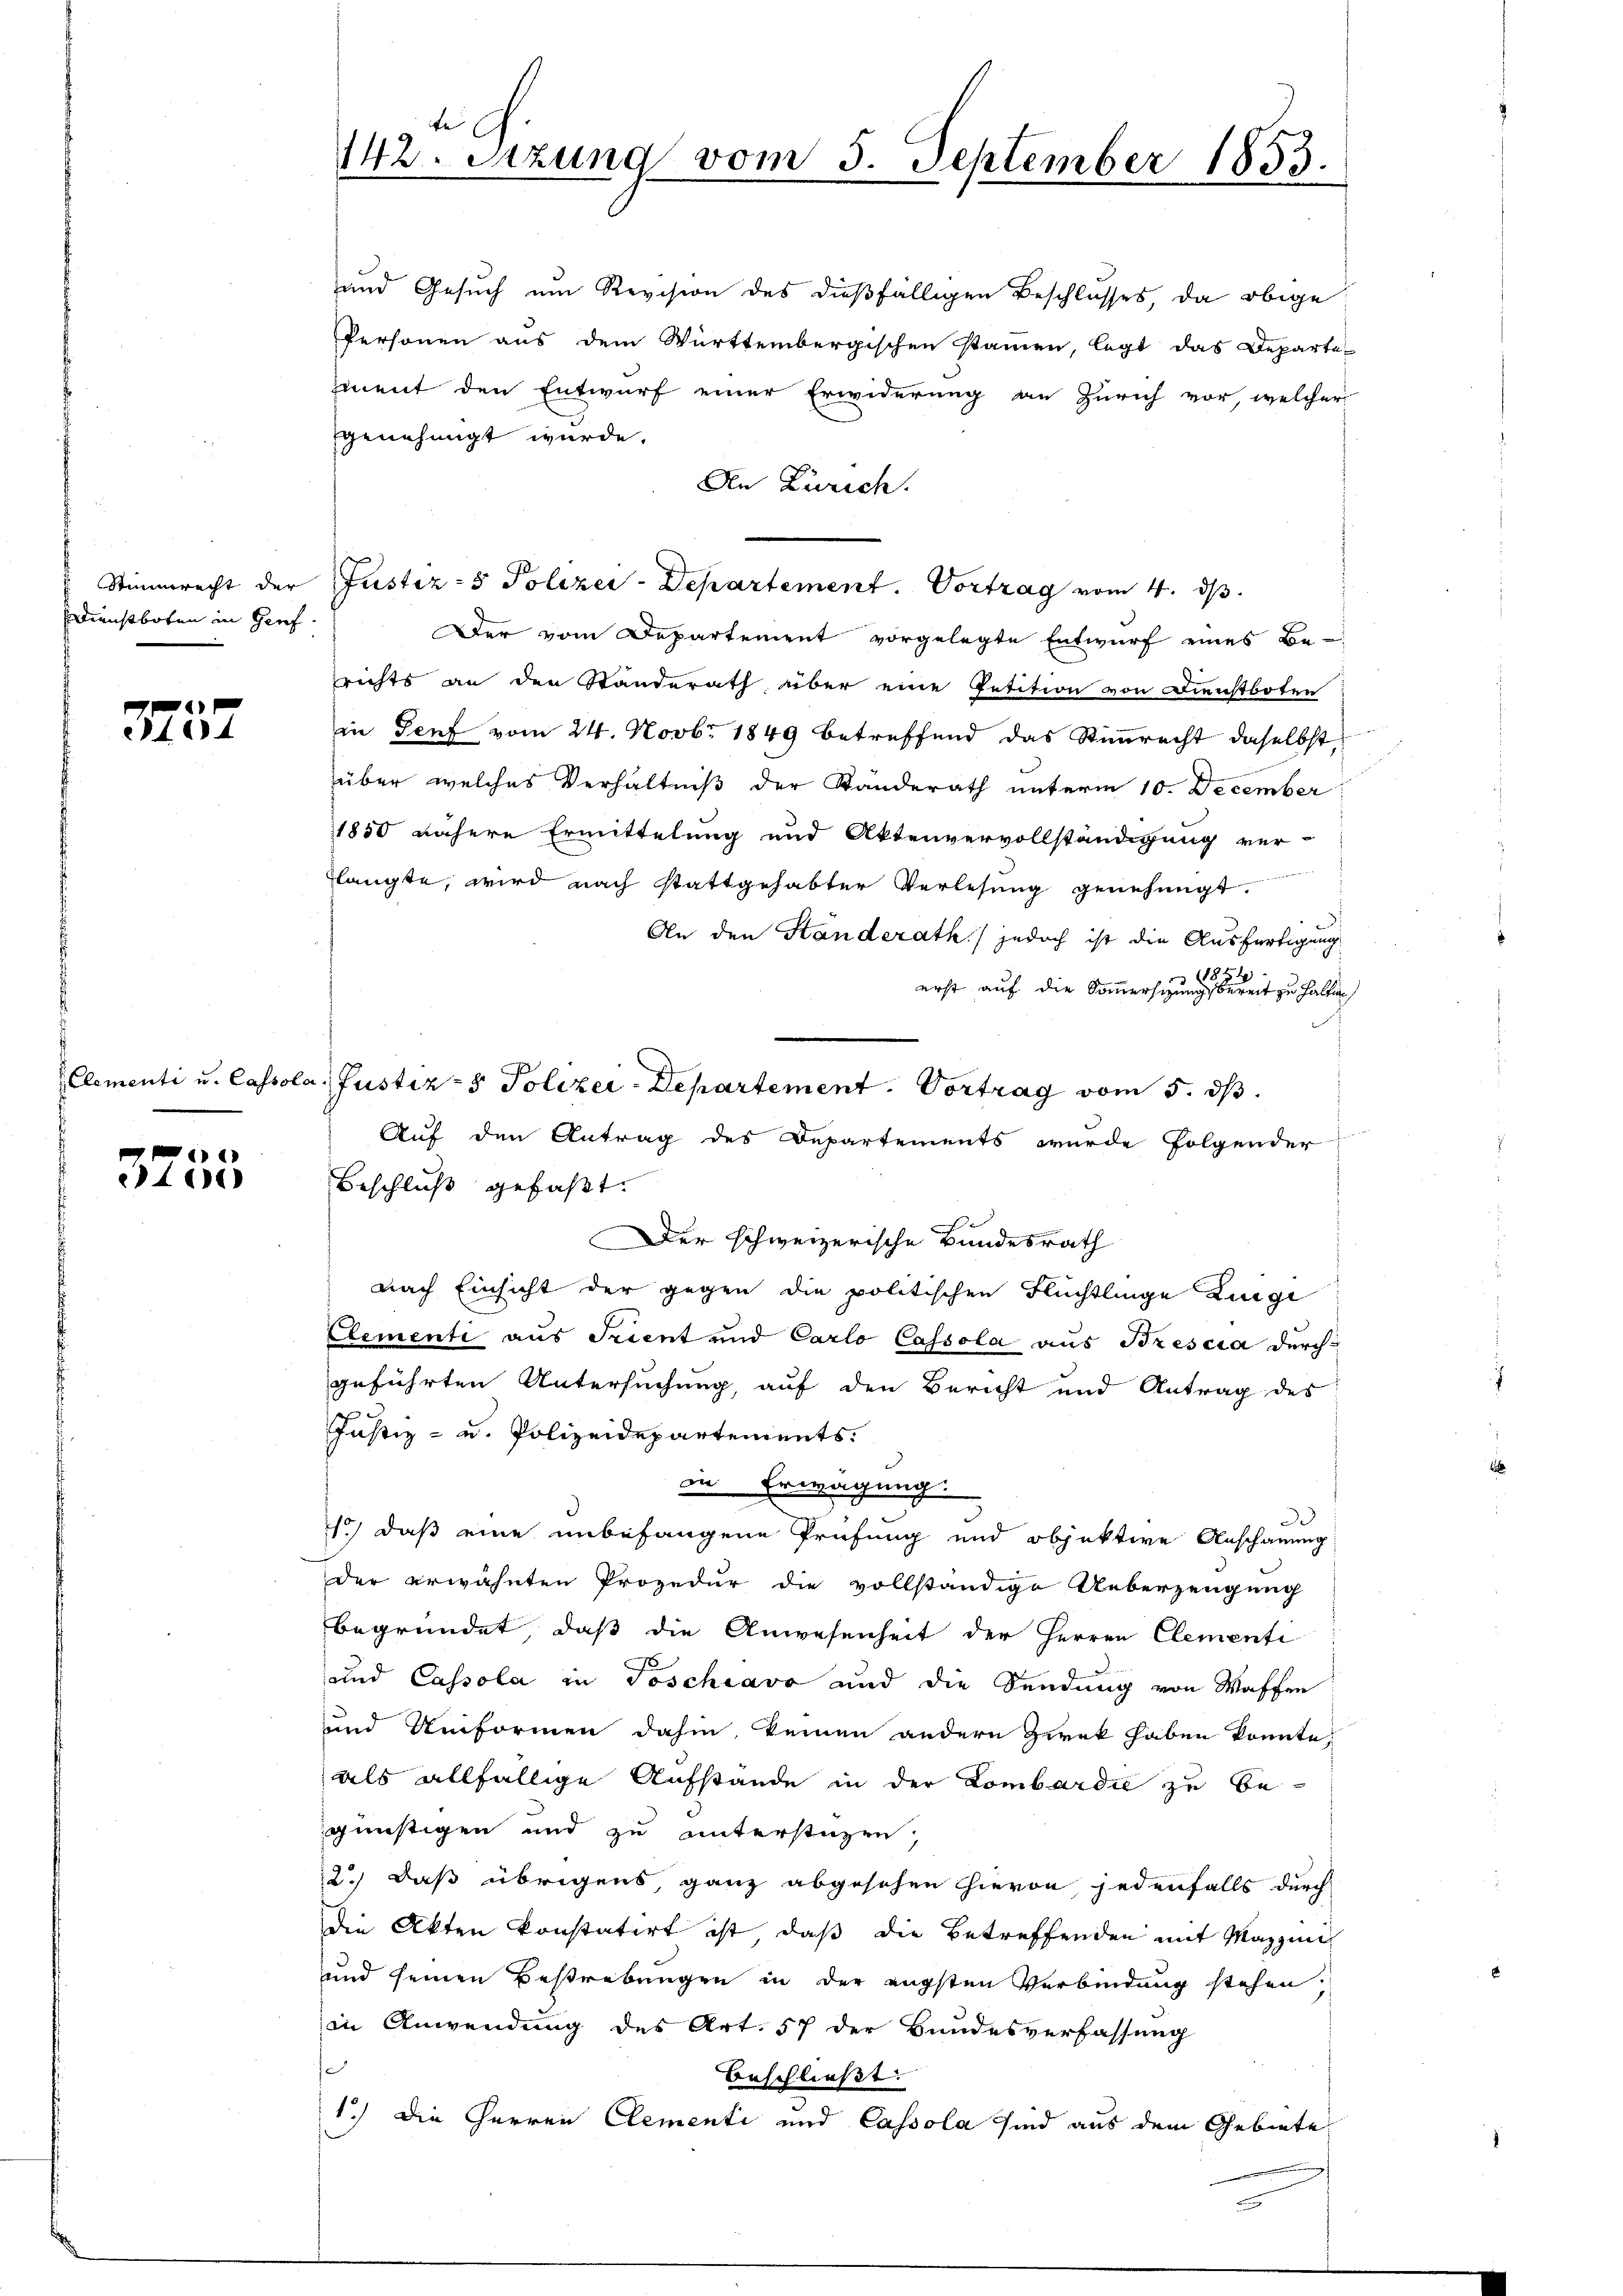
Dienstboten in Geref

4
104

3755

genehmigt wurde.
An Zürich.
Stimmrecht der Justiz- & Polizei-Departement. Vortrag vom 4. dβ.
Der vom Departement vorgelegte Entwurf eines Be-
richts an den Standerath, über eine Petition von Dienstboten
in Genf vom 24. Novbr. 1849 betreffend das Stimmrecht daselbst
über welches Verhältniß der Standerath unterm 10. December
1850 nähere Ermittelung und Aktenvervollständigung ver-
langte, wird nach stattgehabter Verlesung genehmigt.
An den Standerath) jedoch ist die Ausfertigung
1874
erst auf die Sommersizung bereit zu halten
Auf den Antrag des Departements wurde folgender
Beschluß gefaßt.
Der schweizerische Bundesrath
nach Einsicht der gegen die politischen Flüchtlinge Zuge
Elementi aus Trient und Carlo Cassola aus Brescia durch
geführten Untersuchung, auf den Bericht und Antrag des
Justiz- u. Polizeidepartements.
in Erwägung
Di
1.) daß eine unbefangene Prüfung und objektive Anschauung
der erwähnten Prozedur die vollständige Ueberzeugung
begründet, daß die Anwesenheit der Herren Clementi
und Cassola in Toschiavo und die Sendung von Waffen
und Uniformen dahin keinen andern Zwek haben konnte,
als allfällige Aufstande in der Lombardie zu be-
günstigen und zu unterstüzen,
2.) Daß übrigens, ganz abgesehen hievon jedenfalls durch
die Akten konstatirt ist, daß die Betreffenden mit Mazzini
und seinen Bestrebungen in der engsten Verbindung stehen.
in Anwendung des Art. 57 der Bundesverfassung
e
beschließt:
1.) Die Herren Clementi und Cassola sind aus dem Gebiete

142. Sitzung vom 5. September 1853.

und Gesuch um Revision des dießfälligen Beschlusses, da obige
Personen aus dem Württembergischen sammen, legt das Departe-
ment den Entwurf einer Erwiderung an Zürich vor, welcher

Clementi u. Cassola Justiz- & Polizei-Departement. Vortrag vom 5. dβ.